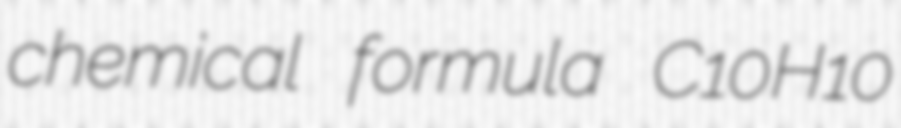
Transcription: chemical formula C10H10